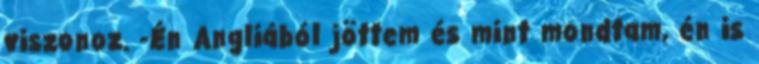
viszonoz. -Én Angliából jöttem és mint mondtam, én is